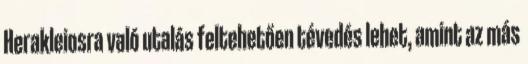
Herakleiosra való utalás feltehetően tévedés lehet, amint az más